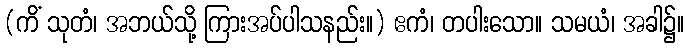
(ကိံ သုတံ၊ အဘယ်သို့ ကြားအပ်ပါသနည်း။) ဧကံ၊ တပါးသော။ သမယံ၊ အခါ၌။